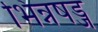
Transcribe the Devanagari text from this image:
भिन्नषड्ज